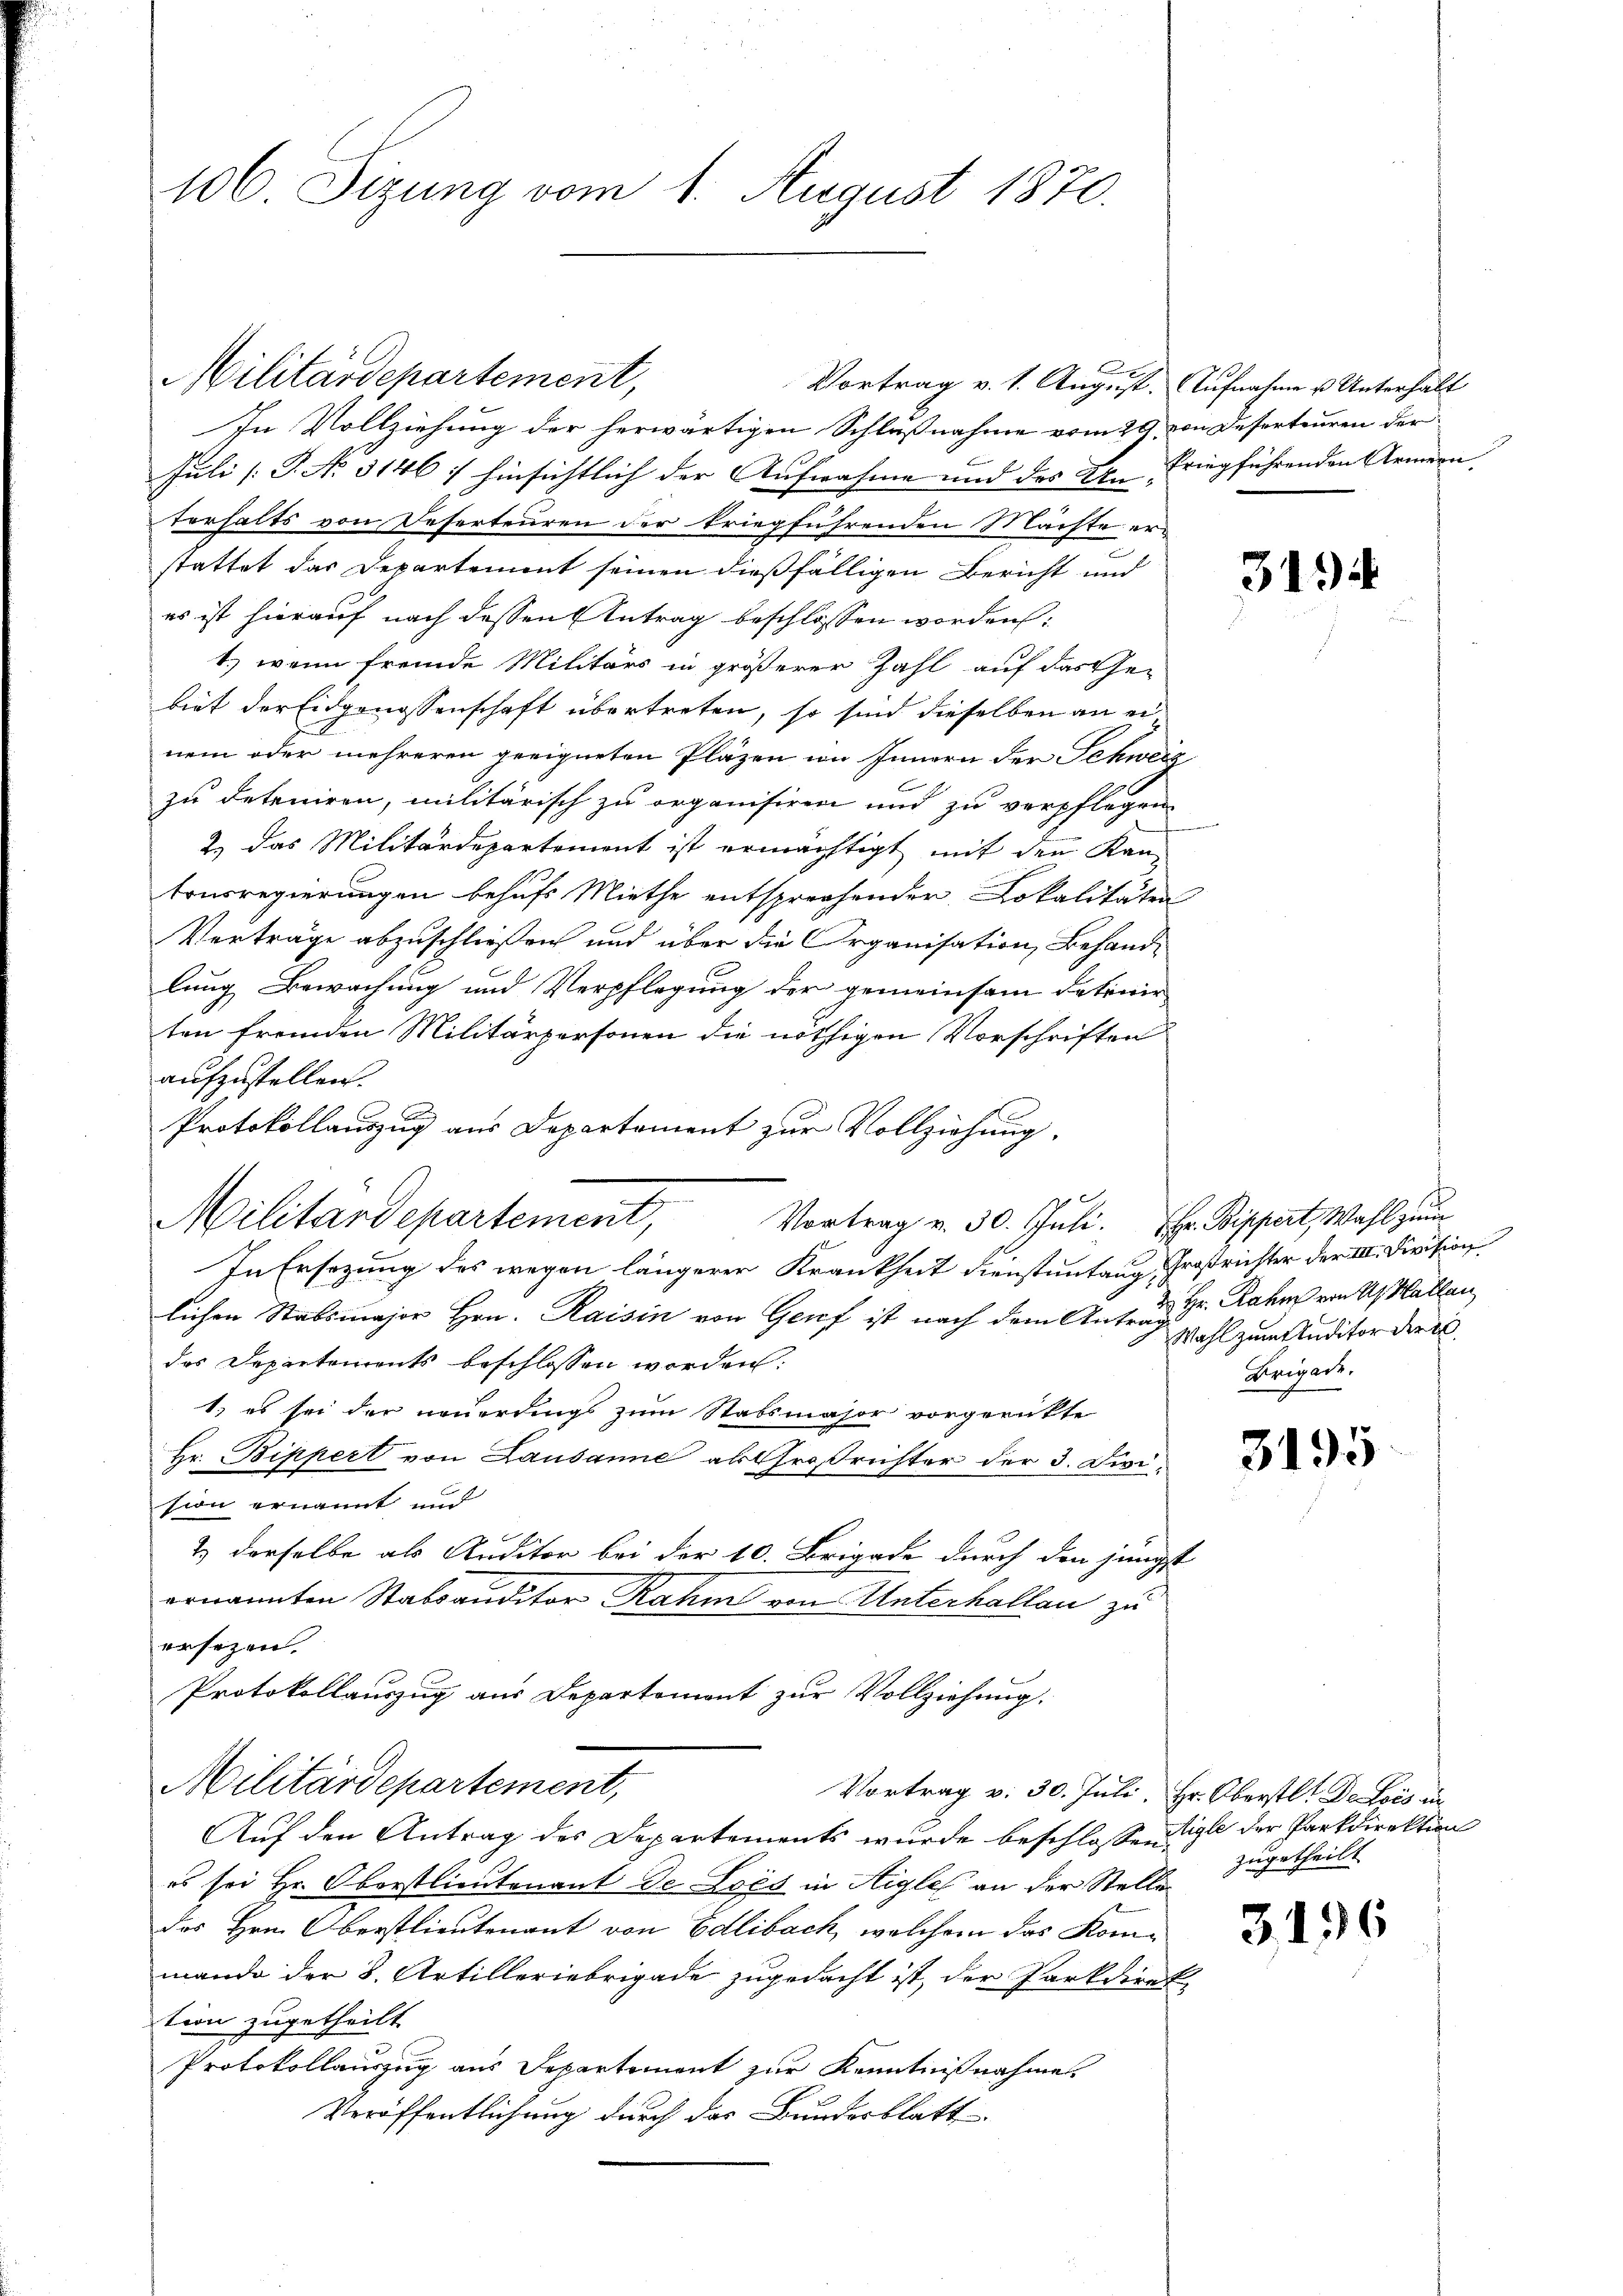
106 Sizung vom 1. August 1870.

In Vollziehung der herwärtigen Schlußnahme vom 29. von Deserteuren der
Juli [P. No 3146: hinsichtlich der Aufnahme und des Dr. Friegführenden Armern
terhalts von Deserteuren der kriegführenden Mächte erstattet das Departement seinen dießfälligen Bericht und
es ist hierauf nach dessen Antrag beschlossen worden:
1.) wenn fremde Militärs in größerer Zahl auf das Ge-
biet der Eidgenossenschaft übertreten, so sind dieselben an einem oder mehreren geeigneten Pläzen im Innern der Schweiz
zu deteniren, militärisch zu organisiren und zu verpflegen
2.) Das Militärdepartement ist ermächtigt mit den Kantonsregierungen behufs Miethe entsprechenden Lokalitäten
Verträge abzuschließen und über die Organisation, Behandlung Bewachung und Verpflegung der gemeinsam dationir
ten fremden Militärpersonen die nöthigen Vorschriften
aufzustellen.
Protokollauszug aus Departement zur Vollziehung.

Militardepartement,
Vortrag v. 30. Juli. Hr. Bippert, Wahl zum
In Ersezung des wegen längerer Krankheit Dienstentang, Großrichter der III. Division
lichen Stabsmajor Hrn. Raisin von Genf ist nach dem Antrals Gr. Rahm ein Ustallan
das Departements beschlossen worden:
1) es sei der neuerdings zum Stabsmajor vorgerückte
Hr. Bippert von Lausanne abtroßrichter der 3. Division ernannt und
& derselbe als Auditor bei der 10. Brigade durch den jungst
ernannten Stabsauditor Rahme von Unterhallen zu
ersezen.
Protokollauszug aus Departemont zur Vollziehung.
Militärdepartement,
Vortrag v. 30. Juli, Hr. Oberstlt Dr Lois au
Auf den Antrag des Departements wurde beschlossen Sigle der Parkdirektion
es sei Hr. Oberstlieutenant de Lois in Aigle an der Stelle
das Hrn. Oberstlieutenant von Edlibach, welchem das Kommande der B. Artilleriebrigade zugedacht ist, der Parkdirekt
tion zugetheilt
Protokollauszug aus Departement zur Kenntnißnahme.
Veröffentlichung durch das Bundesblatt

Militärdepartement,

Vortrag v. 1. August. Aufnahme u. Unterhalt

E

3194

Wahl zum Studitor der ei
Brigade.

3195

zugetheilt.

3

136